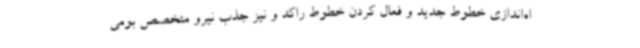
اه‌اندازی خطوط جدید و فعال کردن خطوط راکد و نیز جذب نیرو متخصص بومی